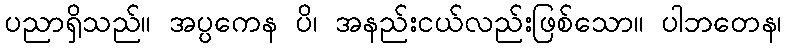
ပညာရှိသည်။ အပ္ပကေန ပိ၊ အနည်းငယ်လည်းဖြစ်သော။ ပါဘတေန၊